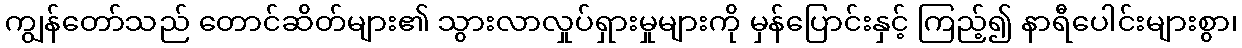
ကျွန်တော်သည် တောင်ဆိတ်များ၏ သွားလာလှုပ်ရှားမှုများကို မှန်ပြောင်းနှင့် ကြည့်၍ နာရီပေါင်းများစွာ၊